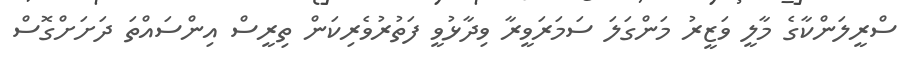
ސްރީލަންކާގެ މާލީ ވަޒީރު މަންގަލަ ސަމަރަވީރާ ވިދާޅުވީ ފަތުރުވެރިކަން ތިރީސް އިންސައްތަ ދަށަށްގޮސް